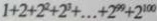
1 + 2 + 2 ^ { 2 } + 2 ^ { 3 } + \cdots + 2 ^ { 9 9 } + 2 ^ { 1 0 0 }